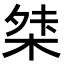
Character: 𭪖